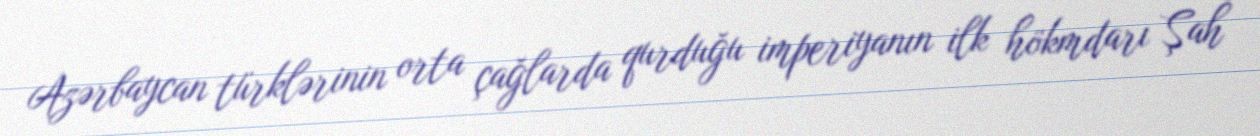
Azərbaycan türklərinin orta çağlarda qurduğu imperiyanın ilk hökmdarı Şah